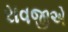
રાવજીએ